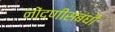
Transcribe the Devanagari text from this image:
नोंदणीसंबंधी